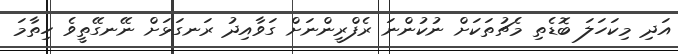
އަދި މިކަހަލަ ބޮޑެތި މެޗުތަކަށް ނުކުންނަ ރެފްރީންނަށް ގަވާއިދު ރަނގަޅަށް ނޭނގޭތީވެ ހިތާމަ